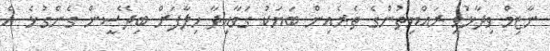
ނާޒިމް ވިދާޅުވީ ރައްޔިތުންގެ ތެރެއިން ބަޔަކު ގަވާއިދާ ހިލާފަށް ބިދޭސީން ގެންގުޅެ އެ